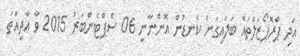
އަދި ޕްރޮޕޯޒަލްތައް ބަލައިގަނެ ކެނޑުން އޮންނާނީ 06 ސެޕްޓެންބަރު 2015 ވާ އާދީއްތަ